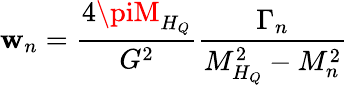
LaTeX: \mathbf{w}_{n}=\frac{{4\piM_{H_{Q}}}}{{G^{2}}}\frac{{\Gamma_{n}}}{{M_{H_{Q}}^{2}-M_{n}^{2}}}